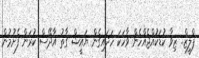
ޕްލީޒް.. ޒިވާ ކުޑަކުއްޖެއްހެން ވާހަކަ ހަދައިގެން ޔައީޝް ގާތު އާދޭސް ކުރަން ފެށުމުން